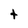
Character: t